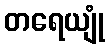
တရေယျုံ